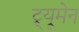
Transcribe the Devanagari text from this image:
ट्र्यूमेन